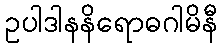
ဥပါဒါနနိရောဓဂါမိနီ